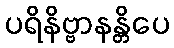
ပရိနိဗ္ဗာနန္တိပေ